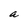
Character: a